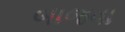
બાજવા